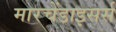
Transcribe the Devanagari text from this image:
मारचेंडाइसर्स